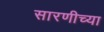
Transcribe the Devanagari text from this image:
सारणीच्या